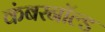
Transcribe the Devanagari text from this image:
कंबरनॉल्ड